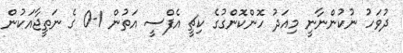
ދުވަހު ނުކުންނާނީ މިއަދު ހޮންކޮންގުގެ ކިޗީ އެފްސީ އަތުން 1-0 ގެ ނަތީޖާއަކުން